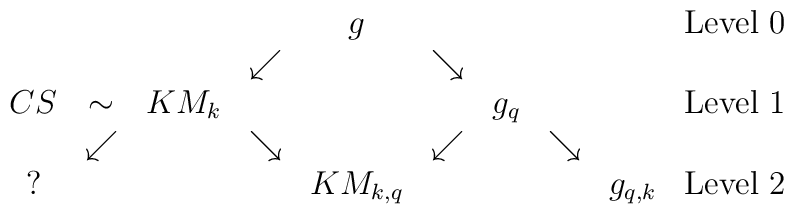
\begin{array}{cccccccccl}\ & \ & \ & \ & g & \ & \ &\  & \ & {\rm Level}\ 0  \\\ & \ & \ & \swarrow &\ & \searrow & \ & \ & \ \\CS & \sim & KM_k & \ &\ & \ & g_q & \ & \ & {\rm Level}\ 1\\\ & \swarrow & \ & \searrow & \ & \swarrow & \ & \searrow & \  \\? & \ & \ & \ & KM_{k,q} & \ & \ & \ & g_{q,k} & {\rm Level}\ 2\end{array}